Vaccination report Assam 1896-1927 - 1896-1927
Year: 1896
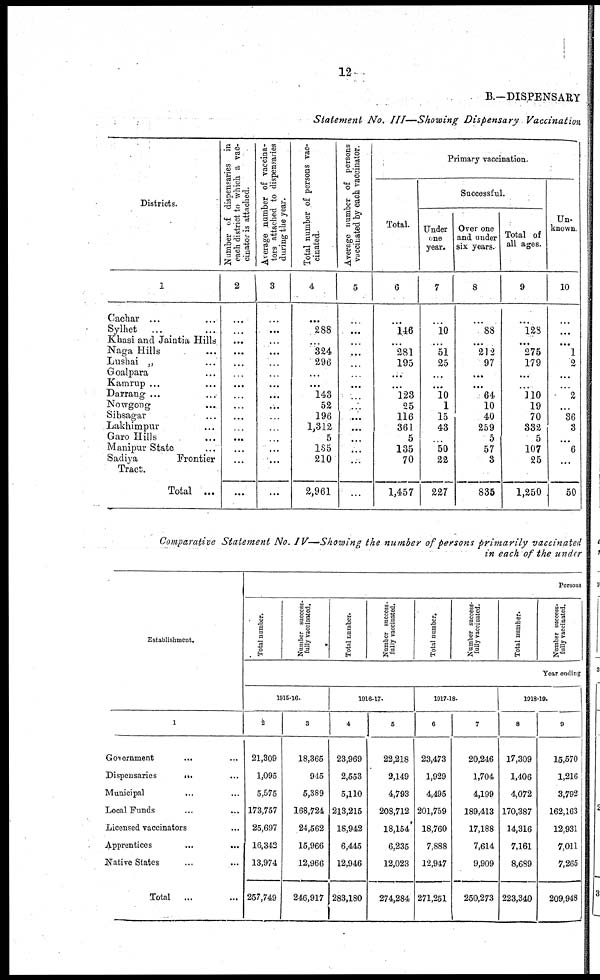
12
B.—DISPENSARY
Statement No. III—Showing Dispensary Vaccination
Districts.
1
Cachar... ...
Sylhet... ...
Khasi and Jaintia Hills
Naga Hills... ...
Lushai „ ...
Goalpara... ...
Kamrup... ...
Darrang... ...
Nowgong... ...
Sibsagar... ...
Lakhimpur... ...
Garo Hills... ...
Manipur State... ...
Sadiya
Frontier
Tract.
Total ...
Number of dispensaries in
each district to which a vac-
cinator is attached.
2
...
...
...
...
...
...
...
...
...
...
...
...
...
...
...
Average number of vaccina-
tors attached to dispensaries
during the year.
3
...
...
...
...
...
...
...
...
...
...
...
...
...
...
...
Total number of persons vac-
cinated.
4
...
288
...
324
296
...
...
143
52
196
1,312
5
185
210
2,961
Average number of persons
vaccinated by each vaccinator.
5
...
...
...
...
...
...
...
...
...
...
...
...
...
...
...
Primary vaccination.
Total.
6
...
146
...
281
195
...
...
123
25
116
361
5
135
70
1,457
Successful.
Under
one
year.
7
...
10
...
51
25
...
...
10
1
15
43
...
50
22
227
Over one
and under
six years.
8
...
88
...
212
97
...
...
64
10
40
259
5
57
3
835
Total of
all ages.
9
...
128
...
275
179
...
...
110
19
70
332
5
107
25
1,250
Un-
known.
10
...
...
...
1
2
...
...
2
...
36
3
...
6
...
50
Comparative Statement No. IV—-Showing the number of persons primarily vaccinated
in each of the under
Establishment.
1
Government... ...
Dispensaries...
...
Municipal...
...
Local Funds... ...
Licensed vaccinators... ...
Apprentices...
...
Native States... ...
Total ...
Persons
Total number.
Number success-
fully vaccinated.
Total number.
Number success-
fully vaccinated.
Total number.
Number success-
fully vaccinated.
Total number.
Number success-
fully vaccinated.
Year ending
1915-16.
2
21,309
1,095
5,575
173,757
25,697
16,342
13,974
257,749
3
18,365
945
5,389
168,724
24,562
15,966
12,966
246,917
1916-17.
4
23,969
2,553
5,110
213,215
18,942
6,445
12,946
283,180
5
22,218
2,149
4,793
208,712
18,154*
6,235
12,023
274,284
1917-18.
6
23,473
1,929
4,495
201,759
18,760
7,888
12,947
271,251
7
20,246
1,704
4,199
189,413
17,188
7,614
9,909
250,273
1918-19.
8
17,309
1,406
4,072
170,387
14,316
7,161
8,689
223,340
9
15,570
1,216
3,792
162,163
12,931
7,011
7,265
209,948